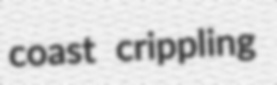
coast crippling